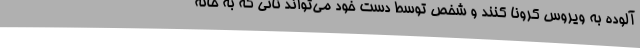
آلوده به ویروس کرونا کنند و شخص توسط دست خود می‌تواند نانی که به خانه